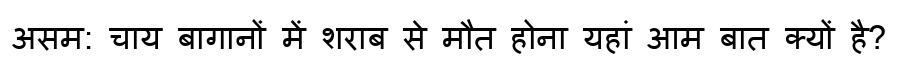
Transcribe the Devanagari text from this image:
असम: चाय बागानों में शराब से मौत होना यहां आम बात क्यों है?